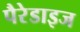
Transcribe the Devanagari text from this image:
पैरेडाइज